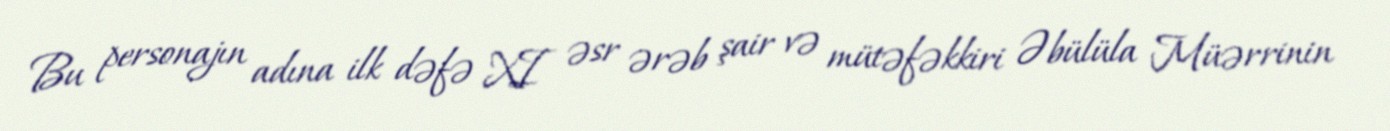
Bu personajın adına ilk dəfə XI əsr ərəb şair və mütəfəkkiri Əbülüla Müərrinin